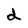
Character: d